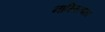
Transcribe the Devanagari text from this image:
नास्तित्वता